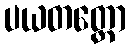
ပယတတ္တော